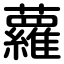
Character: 蘿